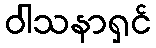
ဝါသနာရှင်